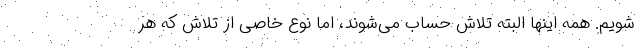
شویم. همه اینها البته تلاش حساب می‌شوند، اما نوع خاصی از تلاش که هر